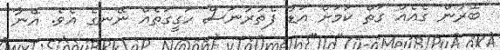
ބޭރުން ގެއެއް ގަތް ކަމަށް އަޑު ފެތުރުނަސް ހަގީގަތެއް ނޭނގެ އެވެ. އޭނާ